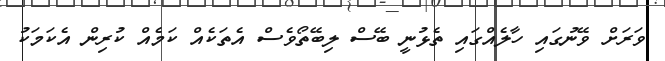
ވަރަށް ވޭނުގައި ހާލެއްގައި ތެޅުނީ ބޭސް ލިބޭތޯވެސް އެތަކެއް ކަމެއް ކުރިން އެކަމަކު